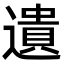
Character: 遺